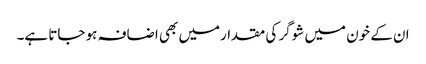
ان کے خون میں شوگر کی مقدارمیں بھی اضافہ ہو جاتا ہے۔